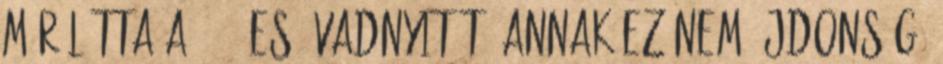
már látta a 4×01-es évadnyitót, annak ez nem újdonság.